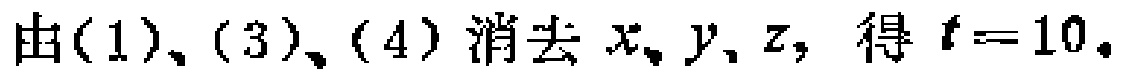
由(1)、(3)、(4)消去 \(x、y、z\)，得 \(t = 10\)。